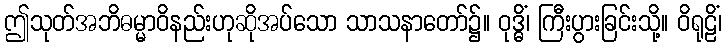
ဤသုတ်အဘိဓမ္မာဝိနည်းဟုဆိုအပ်သော သာသနာတော်၌။ ဝုဒ္ဓိံ၊ ကြီးပွားခြင်းသို့။ ဝိရုဠိံ၊